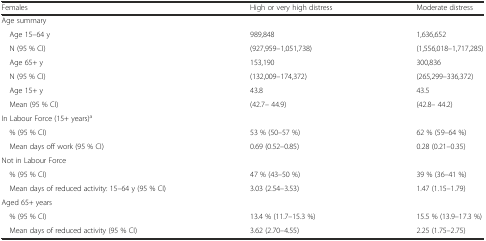
| Females | High or very high distress | Moderate distress |
 | --- | --- | --- |
 | Age summary |  |  |
 | Age 15–64 y | 989,848 | 1,636,652 |
 | N (95 % CI) | (927,959–1,051,738) | (1,556,018–1,717,285) |
 | Age 65+ y | 153,190 | 300,836 |
 | N (95 % CI) | (132,009–174,372) | (265,299–336,372) |
 | Age 15+ y | 43.8 | 43.5 |
 | Mean (95 % CI) | (42.7– 44.9) | (42.8– 44.2) |
 | <COLSPAN=3> In Labour Force (15+ years)a |
 | % (95 % CI) | 53 % (50–57 %) | 62 % (59–64 %) |
 | Mean days off work (95 % CI) | 0.69 (0.52–0.85) | 0.28 (0.21–0.35) |
 | <COLSPAN=3> Not in Labour Force |
 | % (95 % CI) | 47 % (43–50 %) | 39 % (36–41 %) |
 | Mean days of reduced activity: 15–64 y (95 % CI) | 3.03 (2.54–3.53) | 1.47 (1.15–1.79) |
 | <COLSPAN=3> Aged 65+ years |
 | % (95 % CI) | 13.4 % (11.7–15.3 %) | 15.5 % (13.9–17.3 %) |
 | Mean days of reduced activity (95 % CI) | 3.62 (2.70–4.55) | 2.25 (1.75–2.75) |